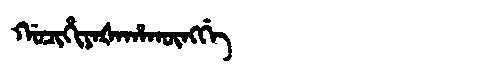
Manchu: ᡤᠣᠴᡳᡥᡳᠶᠠᡧᠠᡥᠠᡴᡡᠩᡤᡝ
Romanization: GOCIHIYAŠAHAKŪNGGE